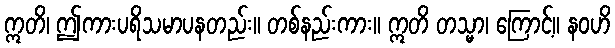
ဣတိ၊ ဤကားပရိသမာပနတည်း။ တစ်နည်းကား။ ဣတိ တသ္မာ၊ ကြောင့်။ နဝဟိ